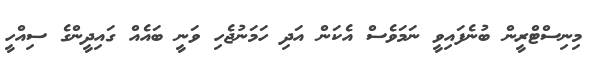
މިނިސްޓްރީން ބުނެފައިވީ ނަމަވެސް އެކަން އަދި ހަމަނުޖެހި ވަނީ ބައެއް ގައިދީންގެ ސިއްހީ